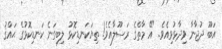
އަބޫ ދުޖާނާ ވިދާޅުވިއެވެ. "އޭ މާތްގެ ރަސޫލާއެވެ! ތިޔަކަނޑިކޮޅު ލިބިގަނެ ކަނޑިކޮޅުގެ ޙައްޤު